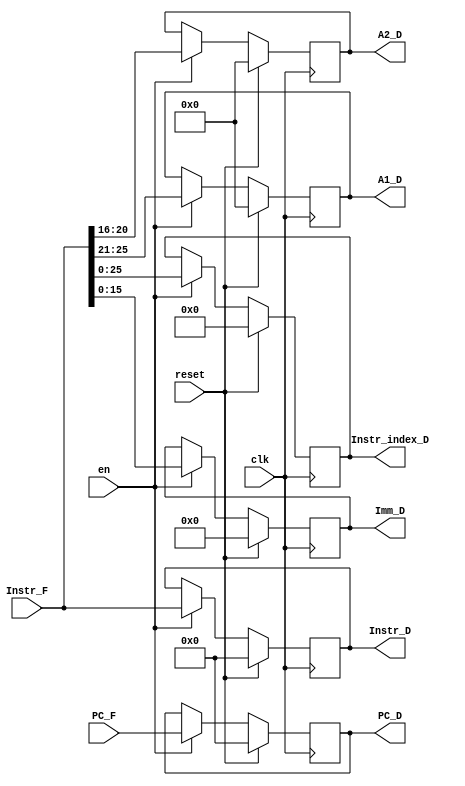
`timescale 1ns / 1ps
module D_REG(
    input clk,
    input reset,
    input en,
    input [31:0] Instr_F,
    input [31:0] PC_F,
	 
    output reg [31:0] Instr_D,
    output reg [31:0] PC_D,
    output reg [25:0] Instr_index_D,
	 output reg [15:0] Imm_D,
    output reg [4:0] A1_D,
    output reg [4:0] A2_D
);
    initial begin
        Instr_D<=32'h0;
        PC_D<=32'h0;
		  Instr_index_D<=25'h0;
        A1_D<=5'h0;
        A2_D<=5'h0;
        Imm_D<=5'h0;
    end

    always @(posedge clk) begin
        if (reset) begin
				Instr_D<=32'h0;
				PC_D<=32'h0;
				Instr_index_D<=25'h0;
				A1_D<=5'h0;
				A2_D<=5'h0;
				Imm_D<=5'h0;
        end
        else if (en) begin
            Instr_D<=Instr_F;
            PC_D<=PC_F;
            Instr_index_D<=Instr_F[25:0];
            A1_D<=Instr_F[25:21];
            A2_D<=Instr_F[20:16];
            Imm_D<=Instr_F[15:0];
        end
		  else begin
            Instr_D<=Instr_D;
            PC_D<=PC_D;
            Instr_index_D<=Instr_index_D;
            A1_D<=A1_D;
            A2_D<=A2_D;
            Imm_D<=Imm_D;				
		  end
    end

endmodule